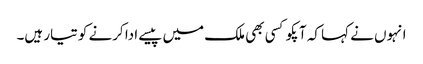
انہوں نے کہا کہ آپکو کسی بھی ملک میں پیسے ادا کرنے کو تیار ہیں۔